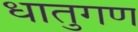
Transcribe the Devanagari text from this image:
धातुगण